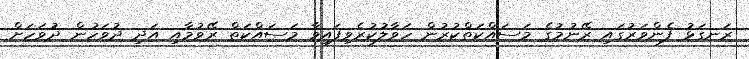
ރަނގަޅު ފެންވަރުގައި ރޭނުމުގެ މަސައްކަތްކުރުން ހަވާލުކުރެވިފައިވާ މަސައްކަތް ރޭވުމާއި އަދި ދުވަހުން ދުވަހަށް